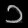
Digit: ၁